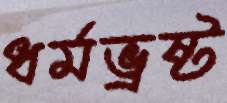
ধর্মভ্রষ্ট